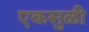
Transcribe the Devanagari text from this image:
एकसुळी